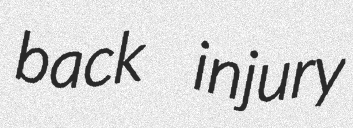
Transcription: back injury